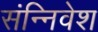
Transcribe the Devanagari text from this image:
संन्निवेश